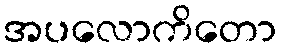
အပလောကိတော